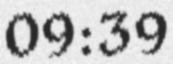
09:39